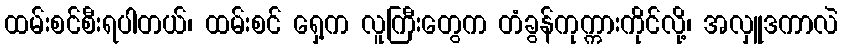
ထမ်းစင်စီးရပါတယ်၊ ထမ်းစင် ရှေ့က လူကြီးတွေက တံခွန်ကုက္ကားကိုင်လို့၊ အလှူဒကာလဲ